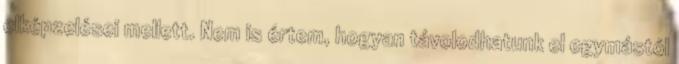
elképzelései mellett. Nem is értem, hogyan távolodhatunk el egymástól